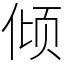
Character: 倾